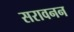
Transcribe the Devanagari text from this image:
सरावनन